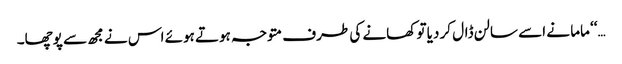
…‘‘ ماما نے اسے سالن ڈال کر دیا تو کھانے کی طرف متوجہ ہوتے ہوئے اس نے مجھ سے پوچھا۔